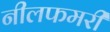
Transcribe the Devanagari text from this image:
नीलफमरी